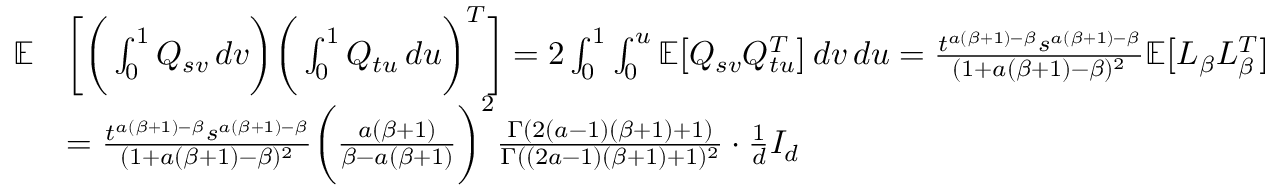
\begin{array} { r l } { \mathbb { E } } & { \bigg [ \bigg ( \int _ { 0 } ^ { 1 } Q _ { s v } \, d v \bigg ) \bigg ( \int _ { 0 } ^ { 1 } Q _ { t u } \, d u \bigg ) ^ { T } \bigg ] = 2 \int _ { 0 } ^ { 1 } \int _ { 0 } ^ { u } \mathbb { E } \big [ Q _ { s v } Q _ { t u } ^ { T } \big ] \, d v \, d u = \frac { t ^ { a ( \beta + 1 ) - \beta } s ^ { a ( \beta + 1 ) - \beta } } { ( 1 + a ( \beta + 1 ) - \beta ) ^ { 2 } } \mathbb { E } \big [ L _ { \beta } L _ { \beta } ^ { T } \big ] } \\ & { = \frac { t ^ { a ( \beta + 1 ) - \beta } s ^ { a ( \beta + 1 ) - \beta } } { ( 1 + a ( \beta + 1 ) - \beta ) ^ { 2 } } \bigg ( \frac { a ( \beta + 1 ) } { \beta - a ( \beta + 1 ) } \bigg ) ^ { 2 } \frac { \Gamma ( 2 ( a - 1 ) ( \beta + 1 ) + 1 ) } { \Gamma ( ( 2 a - 1 ) ( \beta + 1 ) + 1 ) ^ { 2 } } \cdot \frac { 1 } { d } I _ { d } } \end{array}